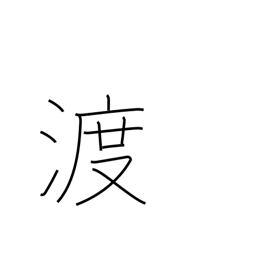
Meaning: transit